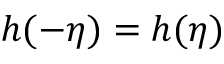
h ( - \eta ) = h ( \eta )